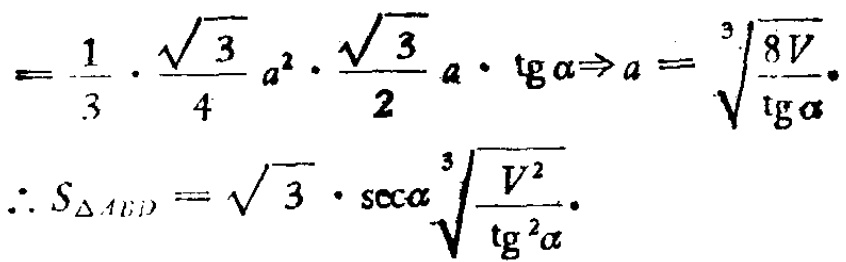
\[

=\frac{1}{3}\cdot\frac{\sqrt{3}}{4}a^{2}\cdot\frac{\sqrt{3}}{2}a\cdot\mathrm{tg}\alpha\Rightarrow a = \sqrt[3]{\frac{8V}{\mathrm{tg}\alpha}}.

\]

\[

\therefore S_{\triangle ABD}=\sqrt{3}\cdot\mathrm{sec}\alpha\sqrt[3]{\frac{V^{2}}{\mathrm{tg}^{2}\alpha}}.

\]